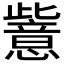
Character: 𱥉